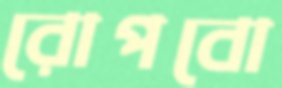
রোপবো